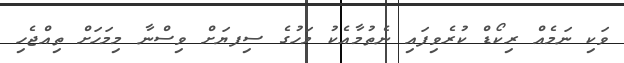
ވަކި ނަމެއް ރިކޯޑް ކުރެވިފައި ނެތުމާއެކު މަހުގެ ސިފޔަށް ވިސްނާ މިމަހަށް ތިއްޖެހި